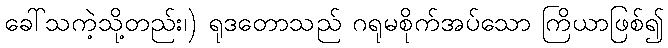
ခေါ်သကဲ့သို့တည်း၊) ရုဒတောသည် ဂရုမစိုက်အပ်သော ကြိယာဖြစ်၍